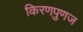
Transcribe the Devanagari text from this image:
किरणपुणज